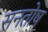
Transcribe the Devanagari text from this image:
सनतोष